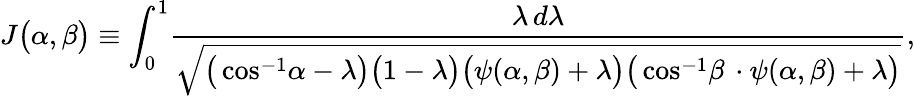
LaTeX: \begin{array}{l}{\displaystyle{J\big(\alpha,\beta\big)\equiv\int_{0}^{1}\! \frac{\lambda\, d\lambda}{\sqrt{\big(\cos^{-1}\! \alpha-\lambda\big)\big(1-\lambda\big)\big(\psi(\alpha,\beta)+\lambda\big)\big(\cos^{-1}\! \beta\, \cdot\psi(\alpha,\beta)+\lambda\big)}},}}\end{array}